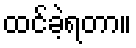
ထင်ခဲ့ရတာ။